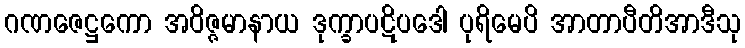
ဂဏဇေဋ္ဌကော အဝိဇ္ဇမာနာယ ဒုက္ခာပဋိပဒေါ ပုရိမေပိ အာတာပီတိအာဒီသု